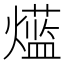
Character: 𱬡